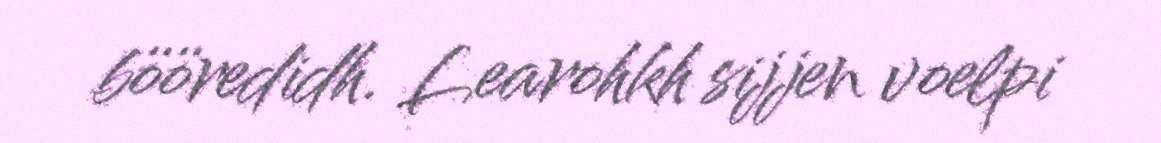
bööredidh. Learohkh sijjen voelpi